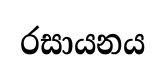
රසායනය